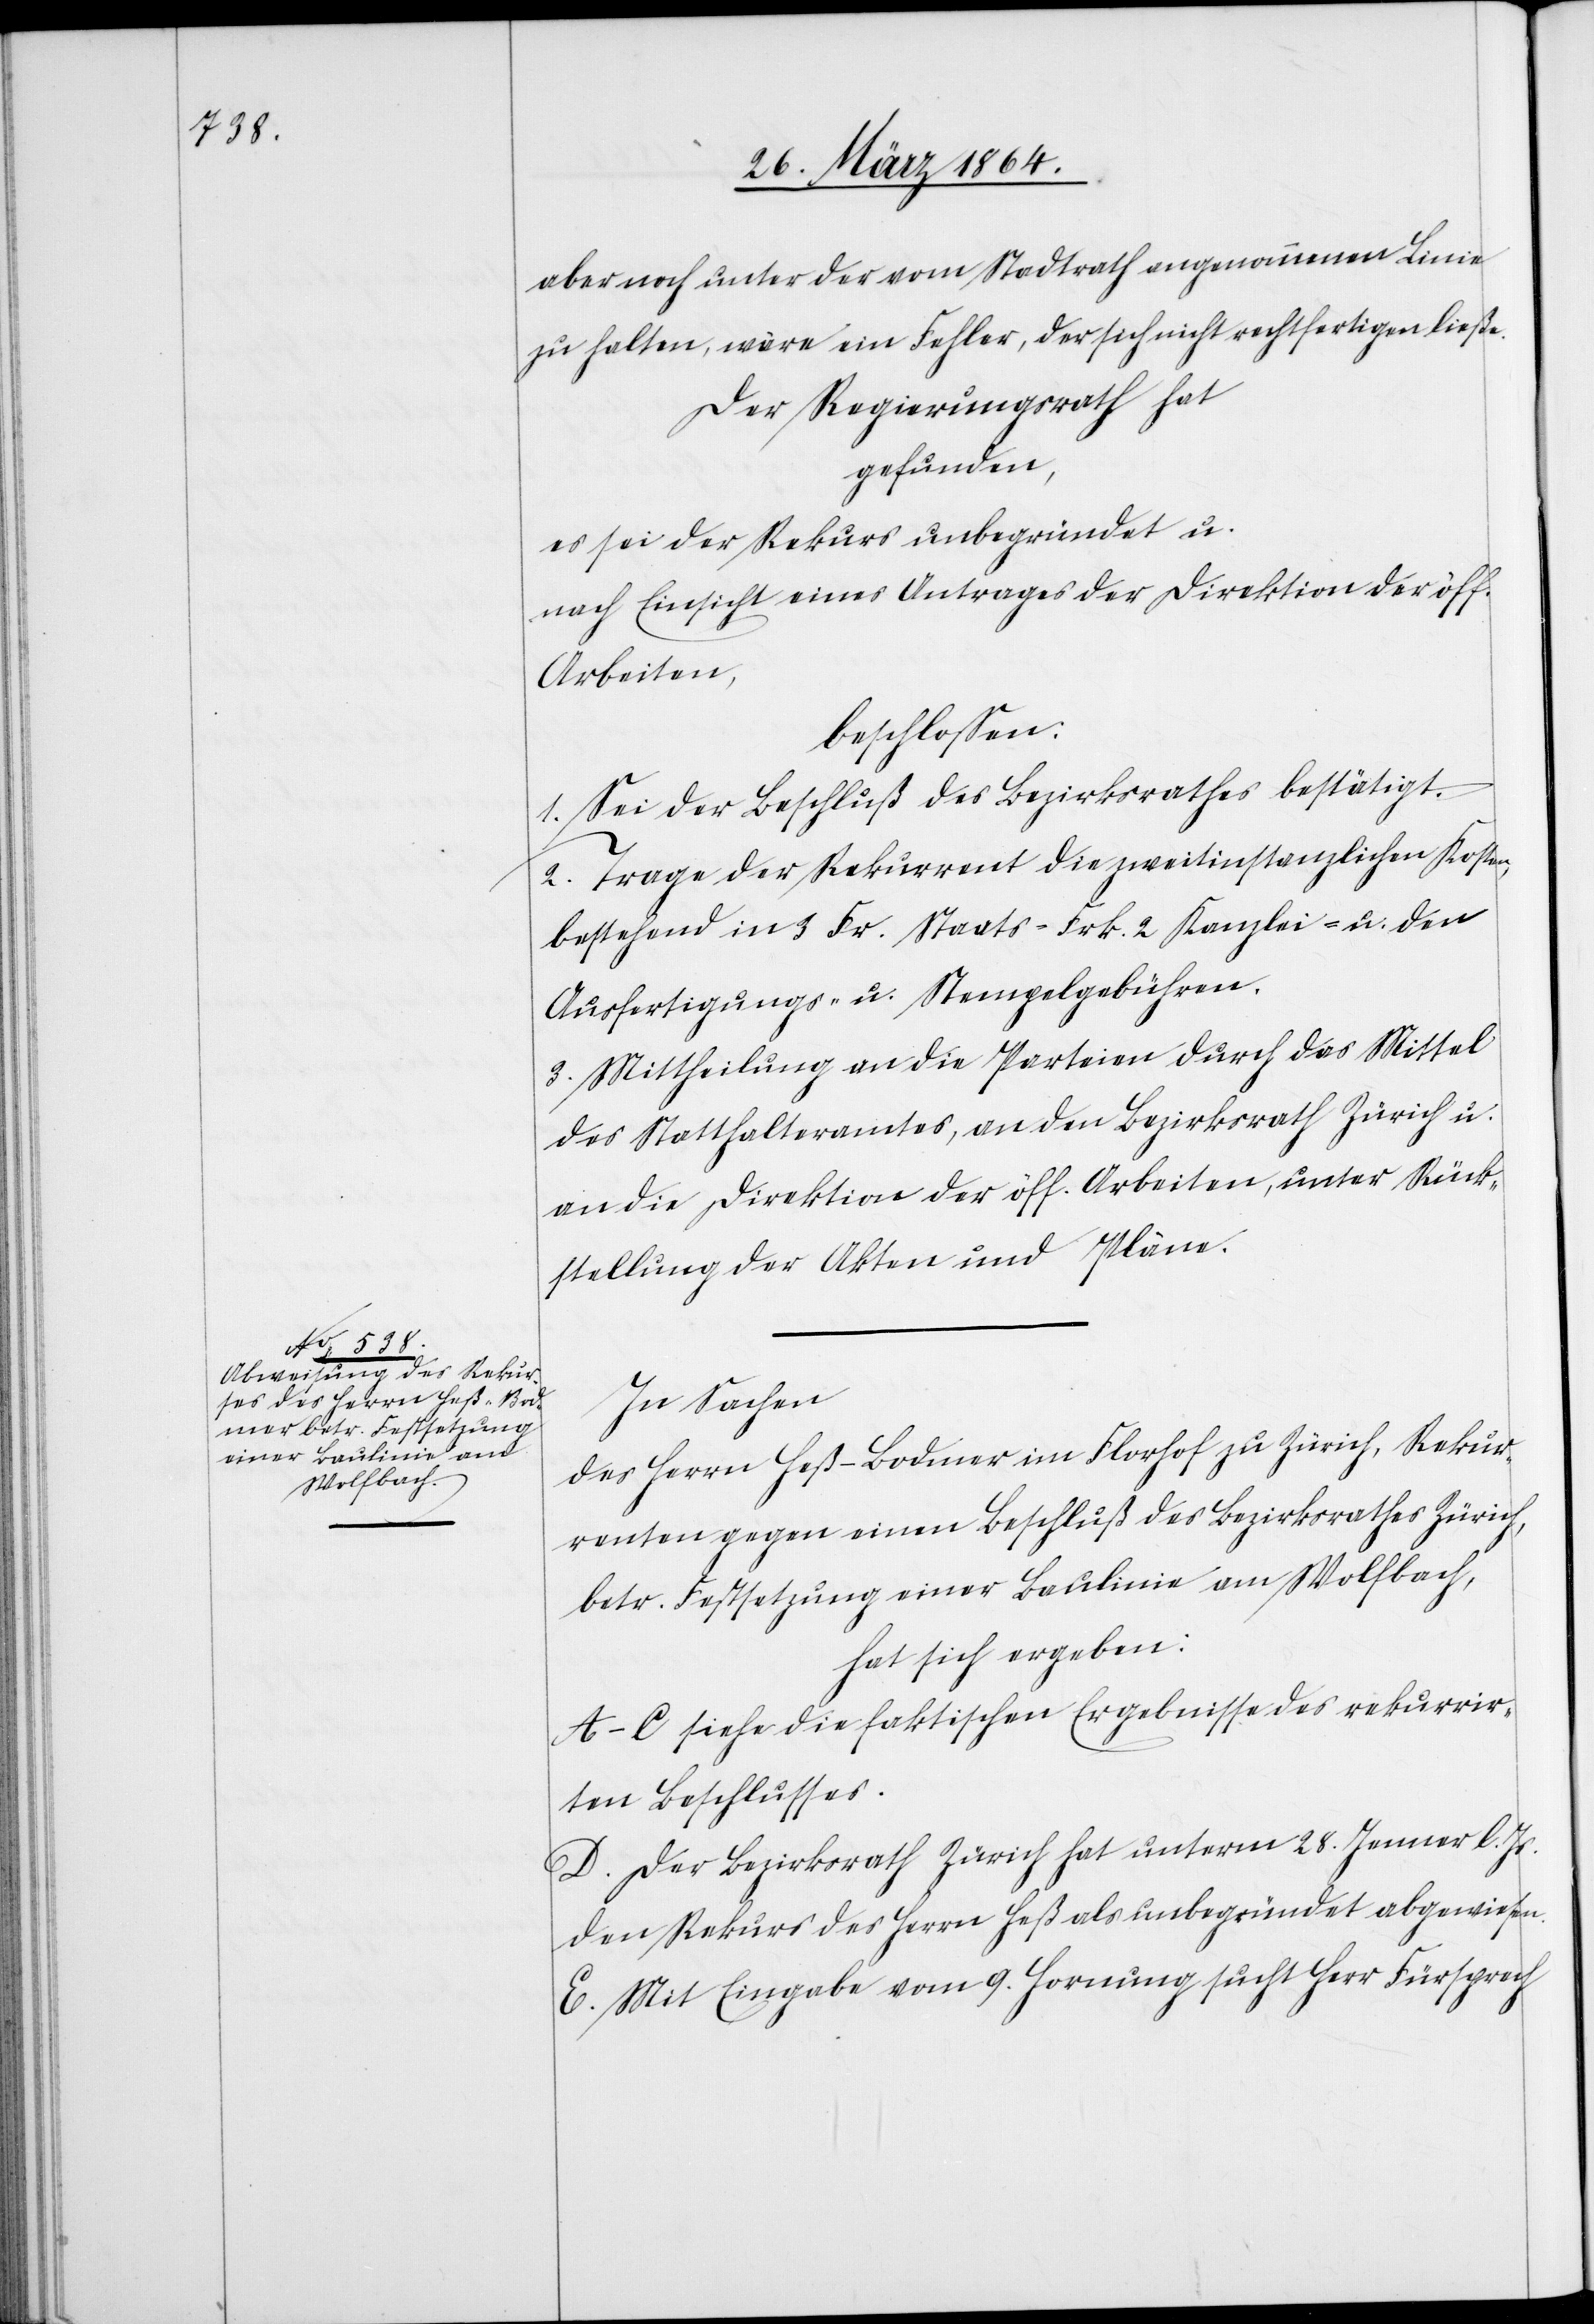
aber noch unter der vom Stadtrath angenommenen Linie
zu halten, wäre ein Fehler, der sich nicht rechtfertigen ließe.
Der Regierungsrath hat
gefunden,
es sei der Rekurs unbegründet u.
nach Einsicht eines Antrages der Direktion der öff.
Arbeiten,
beschlossen.
1. Sei der Beschluß des Bezirksrathes bestätigt.
2. Trage der Rekurrent die zweitinstanzlichen Kosten,
bestehend in 3 Fr. Staats-[,] Frk. 2 Kanzlei- u. den
Ausfertigungs- u. Stempelgebühren.
3. Mittheilung an die Parteien durch das Mittel
des Statthalteramtes, an den Bezirksrath Zürich u.
an die Direktion der öff. Arbeiten, unter Rück¬
stellung der Akten und Pläne.
In Sachen
des Herrn Heß-Bodmer im Florhof zu Zürich, Rekur¬
renten gegen einen Beschluß des Bezirksrathes Zürich,
betr. Festsetzung einer Baulinie am Wolfbach,
hat sich ergeben:
A-C siehe die faktischen Ergebnisse des rekurrir¬
ten Beschlusses.
D. Der Bezirksrath Zürich hat unterm 28. Jenner l. Js.
den Rekurs des Herrn Heß als unbegründet abgewiesen.
E. Mit Eingabe vom 9. Hornung sucht Herr Fürsprech